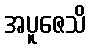
အပူဇေသိ